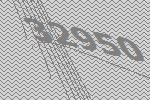
32950